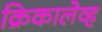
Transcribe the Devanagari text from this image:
क्रिकालेव्ह